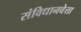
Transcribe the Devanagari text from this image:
संविधानवेत्ता